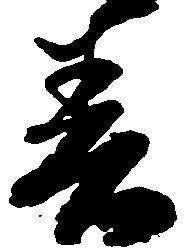
春